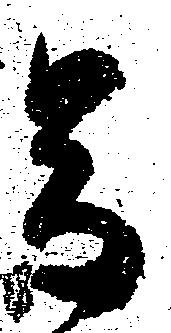
兼